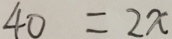
4 0 = 2 x